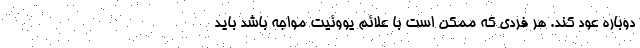
دوباره عود کند. هر فردی که ممکن است با علائم یووئیت مواجه باشد باید